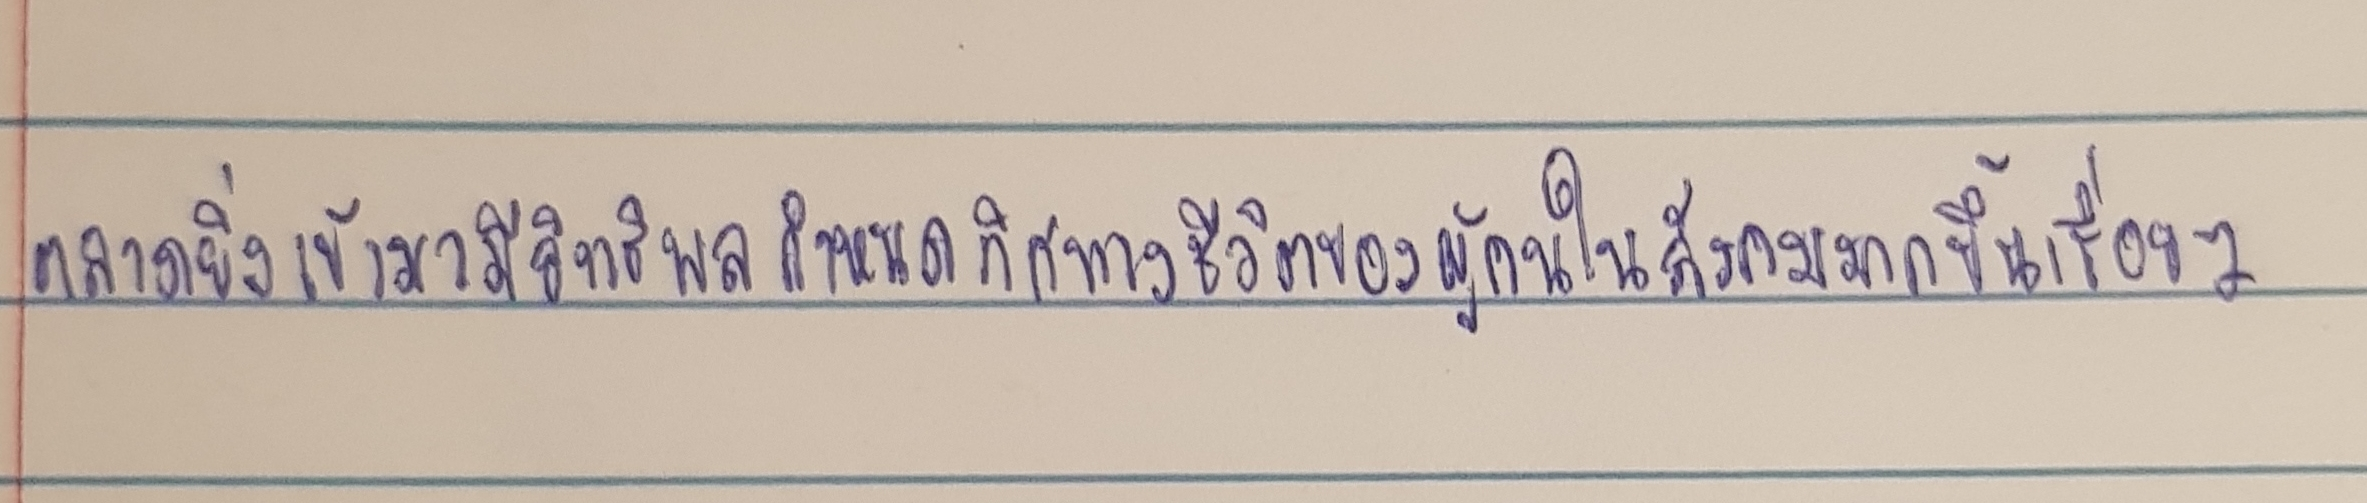
ตลาดยิ่งเข้ามามีอิทธิพลกำหนดทิศทางชีวิตของผู้คนในสังคมมากขึ้นเรื่อยๆ